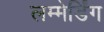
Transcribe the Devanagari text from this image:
लम्मेर्डिंग